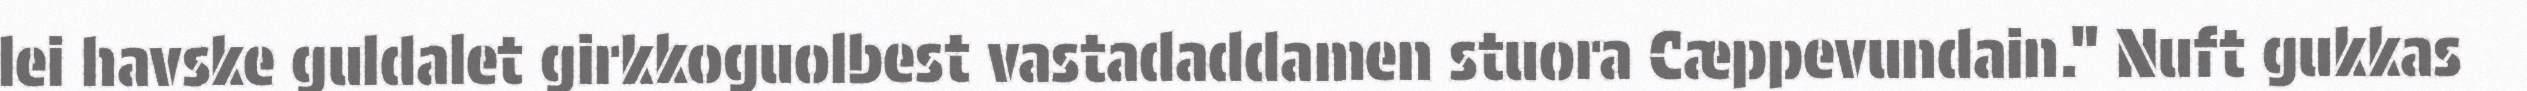
lei havske guldalet girkkoguolbest vastadaddamen stuora Cæppevundain." Nuft gukkas